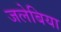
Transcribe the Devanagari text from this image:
जलेबिया